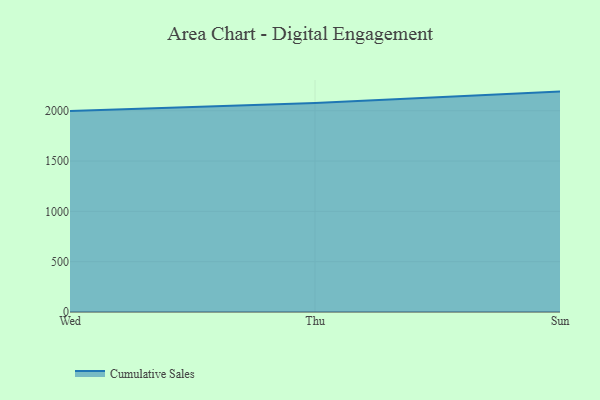
{"axis": {"x": "Day", "y": "Shipments"}, "legend": ["Cumulative Sales"], "data": [{"x": "Wed", "y": 1997.8, "type": "Cumulative Sales"}, {"x": "Thu", "y": 2076.8, "type": "Cumulative Sales"}, {"x": "Sun", "y": 2190.2, "type": "Cumulative Sales"}]}